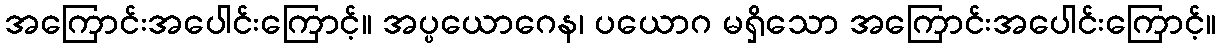
အကြောင်းအပေါင်းကြောင့်။ အပ္ပယောဂေန၊ ပယောဂ မရှိသော အကြောင်းအပေါင်းကြောင့်။